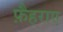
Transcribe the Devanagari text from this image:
फ़ैहराए